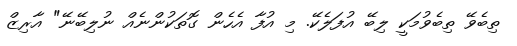
ތިބެވޭ ތިބެވުމަކީ ލިބޭ އުފަލެކޭ. މި އުފާ އެހެން ގޮތަކުންނެއް ނުލިބޭނޭ" އާރިޒް